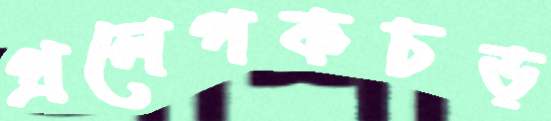
প্রলেপকচড়